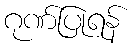
ဂုဏ်ပြုရန်